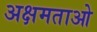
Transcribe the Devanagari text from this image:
अक्षमताओ